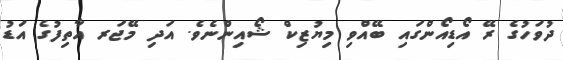
ދުވަހުގެ ރޭ އޯޑިއޯންގައި ބޭއްވި މިޔުޒިކް ޝޯއިންނެވެ. އަދި މޭޖަރ އާތިފުގެ އަޑު